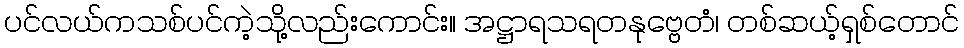
ပင်လယ်ကသစ်ပင်ကဲ့သို့လည်းကောင်း။ အဋ္ဌာရသရတနုဗ္ဗေတံ၊ တစ်ဆယ့်ရှစ်တောင်